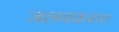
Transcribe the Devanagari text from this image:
जलचकरात